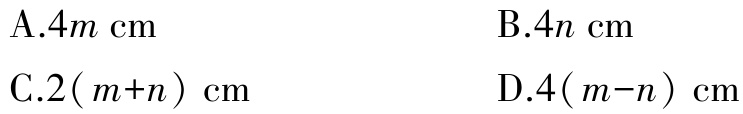
A.$4m\ \text{cm}$

B.$4n\ \text{cm}$

C.$2(m + n)\ \text{cm}$

D.$4(m - n)\ \text{cm}$